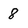
Character: 8